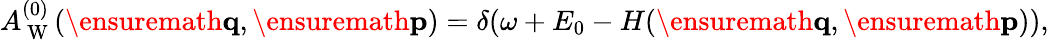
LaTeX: \begin{array}{r}{A_{\mathrm{~W~}}^{(0)}(\ensuremath{\mathbf{q}},\ensuremath{\mathbf{p}})=\delta\! \left(\omega+E_{0}-H(\ensuremath{\mathbf{q}},\ensuremath{\mathbf{p}})\right),}\end{array}